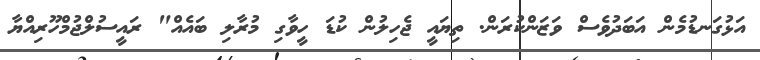
އަޅުގަނޑުމެން އަބަދުވެސް ވަޒަންކުރަން. ތިޔައީ ޖެހިލުން ކުޑަ ހީވާގި މުރާލި ބައެއް" ރައީސުލްޖުމްހޫރިއްޔާ